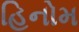
હિનોમ